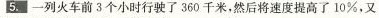
5.一列火车前3个小时行驶了360千米，然后将速度提高了10%，又